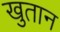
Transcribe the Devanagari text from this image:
खुतान